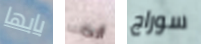
بابها أنت سوراج